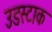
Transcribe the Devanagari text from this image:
उडस्टाक